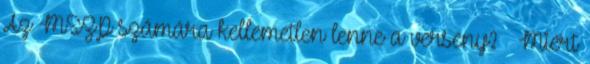
Az MSZP számára kellemetlen lenne a verseny? – Miért